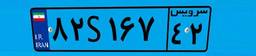
۸۲S۱۶۷۴۲